Vaccination in the Punjab 1867-1880 - 1867-1880
Year: 1867
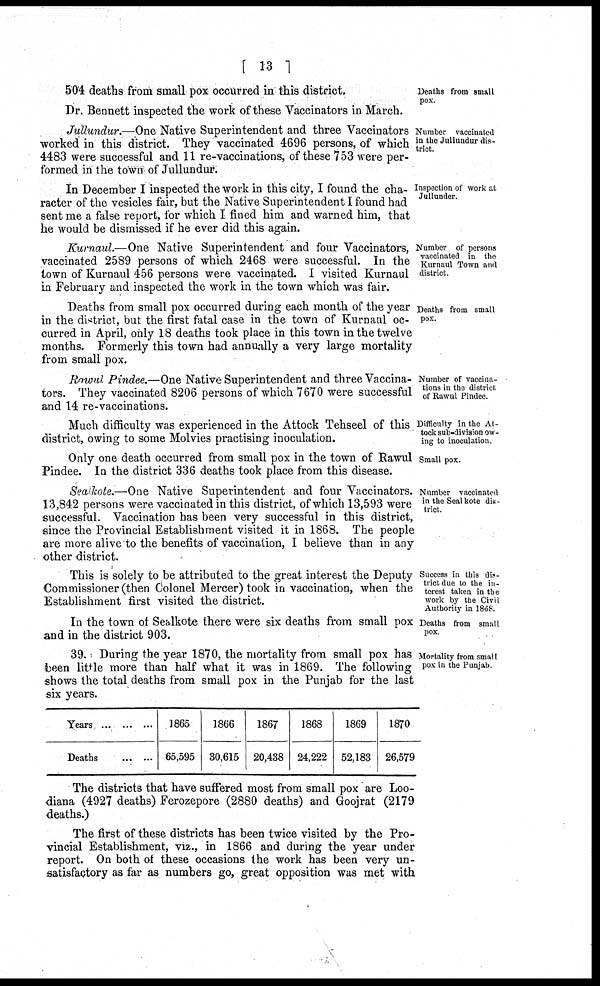
[ 13 ]
Deaths from small
pox.
504 deaths from small pox occurred in this district.
Dr. Bennett inspected the work of these Vaccinators in March.
Number vaccinated
in the Jullundur dis-
trict.
Jullundur.—One Native Superintendent and three Vaccinators
worked in this district, They vaccinated 4696 persons, of which
4483 were successful and 11 re-vaccinations, of these 753 were per-
formed in the town of Jullundur.
Inspection of work at
Jullunder.
In December I inspected the work in this city, I found the cha-
racter of the vesicles fair, but the Native Superintendent I found had
sent me a false report, for which I fined him and warned him, that
he would be dismissed if he ever did this again.
Number of persons
vaccinated in the
Kurnaul Town and
district.
Kurnaul.—One Native Superintendent and four Vaccinators,
vaccinated 2589 persons of which 2468 were successful. In the
town of Kurnaul 456 persons were vaccinated. I visited Kurnaul
in February and inspected the work in the town which was fair.
Deaths from small
pox.
Deaths from small pox occurred during each month of the year
in the district, but the first fatal case in the town of Kurnaul oc-
curred in April, only 18 deaths took place in this town in the twelve
months. Formerly this town had annually a very large mortality
from small pox.
Number of vaccina-
tions in the district
of Rawul Pindee.
Rawul Pindee.—One Native Superintendent and three Vaccina-
tors. They vaccinated 8206 persons of which 7670 were successful
and 14 re-vaccinations.
Difficulty in the At-
tock sub-division ow-
ing to inoculation.
Much difficulty was experienced in the Attock Tehseel of this
district, owing to some Molvies practising inoculation.
Small pox.
Only one death occurred from small pox in the town of Rawul
Pindee. In the district 336 deaths took place from this disease.
Number vaccinated
in the Seal kote dis-
trict.
Sealkote.—One Native Superintendent and four Vaccinators.
13,842 persons were vaccinated in this district, of which 13,593 were
successful. Vaccination has been very successful in this district,
since the Provincial Establishment visited it in 1868. The people
are more alive to the benefits of vaccination, I believe than in any
other district.
Success in this dis-
trict due to the in-
terest taken in the
work by the Civil
Authority in 1868.
This is solely to be attributed to the great interest the Deputy
Commissioner (then Colonel Mercer) took in vaccination, when the
Establishment first visited the district.
Deaths from small
pox.
In the town of Sealkote there were six deaths from small pox
and in the district 903.
Mortality from smalI
pox in the Punjab.
39. During the year 1870, the mortality from small pox has
been little more than half what it was in 1869. The following
shows the total deaths from small pox in the Punjab for the last
six years.
Years ... ... ...
Deaths
... ...
1865
65,595
1866
30,615
1867
20,438
1868
24,222
1869
52,183
1870
26,579
The districts that have suffered most from small pox are Loo-
diana (4927 deaths) Ferozepore (2880 deaths) and Goojrat (2179
deaths.)
The first of these districts has been twice visited by the Pro-
vincial Establishment, viz., in 1866 and during the year under
report. On both of these occasions the work has been very un-
satisfactory as far as numbers go, great opposition was met with